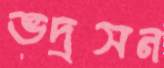
ভদ্রসন